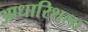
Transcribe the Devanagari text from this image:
आधारिशला